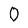
Character: 0